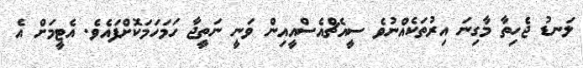
ލަނޑު ޖެހިތާ މާގިނަ އިރުތަކެއްނުވެ ސީއެޗްއެސްއީއިން ވަނީ ނަތީޖާ ހަމަހަަމަކޮށްފައެވެ. އެޓީމަށް އެ